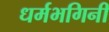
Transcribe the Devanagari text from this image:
धर्मभगिनी